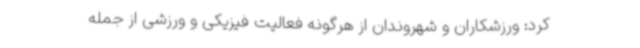
کرد: ورزشکاران و شهروندان از هرگونه فعالیت فیزیکی و ورزشی از جمله